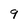
Character: 9